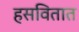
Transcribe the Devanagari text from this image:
हसवितात